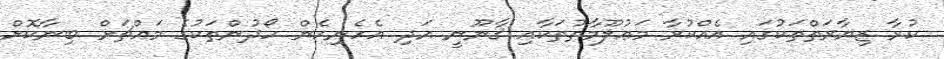
ކުރާ ޒިޔާރަތްތަކުގައި އެއްކުރާ މަޢުލޫމާތުތަކާއި ޤާނޫނީ އަދި އެހެނިހެން ހޯދުންތަކުގެ މައްޗަށް ބިނާކޮށް